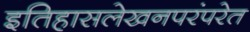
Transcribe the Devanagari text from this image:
इतिहासलेखनपरंपरेत